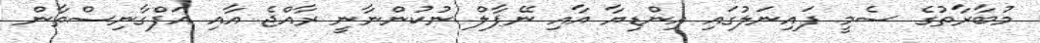
މުބާރާތުގެ ސެމީ ފައިނަލުގައި އިންޑިޔާ އާއި ނޭޕާލް ނުކުންނާނީ ރާއްޖެ އާއި އަފްގާނިސްތާން